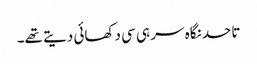
تاحد نگاہ سر ہی سی دکھائی دیتے تھے۔